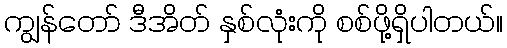
ကျွန်တော် ဒီအိတ် နှစ်လုံးကို စစ်ဖို့ရှိပါတယ်။